Report on vaccination in the Province of Bengal - 1869-1873
Year: 1869
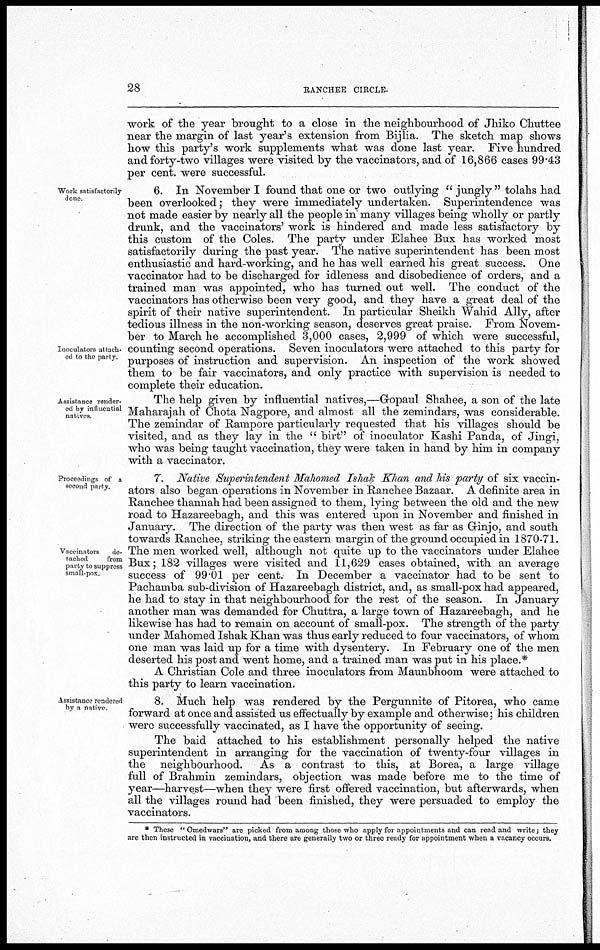
28
RANCHEE CIRCLE.
work of the year brought to a close in the neighbourhood of Jhiko Chuttee
near the margin of last year's extension from Bijlia. The sketch map shows
how this party's work supplements what was done last year. Five hundred
and forty-two villages were visited by the vaccinators, and of 16,866 cases 99.43
per cent. were successful.
Work satisfactorily
done
Inoculators attach
ed to the party.
6. In November I found that one or two outlying " jungly" tolahs had
been overlooked; they were immediately undertaken. Superintendence was
not made easier by nearly all the people in many villages being wholly or partly
drunk, and the vaccinators' work is hindered and made less satisfactory by
this custom of the Coles. The party under Elahee Bux has worked most
satisfactorily during the past year. The native superintendent has been most
enthusiastic and hard-working, and he has well earned his great success. One
vaccinator had to be discharged for idleness and disobedience of orders, and a
trained man was appointed, who has turned out well. The conduct of the
vaccinators has otherwise been very good, and they have a great deal of the
spirit of their native superintendent. In particular Sheikh Wahid Ally, after
tedious illness in the non-working season, deserves great praise. From Novem-
ber to March he accomplished 3,000 cases, 2,999 of which were successful,
counting second operations. Seven inoculators were attached to this party for
purposes of instruction and supervision. An inspection of the work showed
them to be fair vaccinators, and only practice with supervision is needed to
complete their education.
Assistance render-
ed by influential
natives
The help given by influential natives,—Gopaul.Shahee, a son of the late
Maharajah of Chota Nagpore, and almost all the zemindars, was considerable.
The zemindar of Rampore particularly requested that his villages should be
visited, and as they lay in the " birt" of inoculator Kashi Panda, of Jingi,
who was being taught vaccination, they were taken in hand by him in company
with a vaccinator.
Proceedings of a
second party.
Vaccinators
de-
tached
from
party to suppress
small-pox
7. Native Superintendent Mahomed Ishak Khan and his party of six vaccin-
ators also began operations in November in Ranchee Bazaar. A definite area in
Ranchee thannah had been assigned to them, lying between the old and the new
road to Hazareebagh, and this was entered upon in November and finished in
January. The direction of the party was then west as far as Ginjo, and south
towards Ranchee, striking the eastern margin of the ground occupied in 1870-71.
The men worked well, although not quite up to the vaccinators under Elahee
Bux; 182 villages were visited and 11,629 cases obtained, with an average
success of 99.01 per cent. In December a vaccinator had to be sent to
Pachamba sub-division of Hazareebagh district, and, as small-pox had appeared,
he had to stay in that neighbourhood for the rest of the season. In January
another man was demanded for Chuttra, a large town of Hazareebagh, and he
likewise has had to remain on account of small-pox. The strength of the party
under Mahomed Ishak Khan was thus early reduced to four vaccinators, of whom
one man was laid up for a time with dysentery. In February one of the men
deserted his post and went home, and a trained man was put in his place.*
A Christian Cole and three inoculators from Maunbhoom were attached to
this party to learn vaccination.
Assistance rendered
by a native
8. Much help was rendered by the Pergunnite of Pitorea, who came
forward at once and assisted us effectually by example and otherwise; his children
were successfully vaccinated, as I have the opportunity of seeing.
The baid attached to his establishment personally helped the native
superintendent in arranging for the vaccination of twenty-four villages in
the neighbourhood. As a contrast to this, at Borea, a large village
full of Brahmin zemindars, objection was made before me to the time of
year—harvest—when they were first offered vaccination, but afterwards, when
all the villages round had been finished, they were persuaded to employ the
vaccinators.
* These " Omedwars" are picked from among those who apply for appointments and can read and write; they
are then instructed in vaccination, and there are generally two or three ready for appointment when a vacancy occurs.